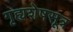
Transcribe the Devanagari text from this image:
गृह्यशेषसूत्र